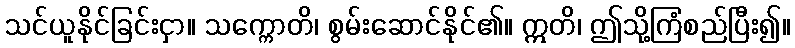
သင်ယူနိုင်ခြင်းငှာ။ သက္ကောတိ၊ စွမ်းဆောင်နိုင်၏။ ဣတိ၊ ဤသို့ကြံစည်ပြီး၍။